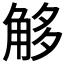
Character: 𧣣